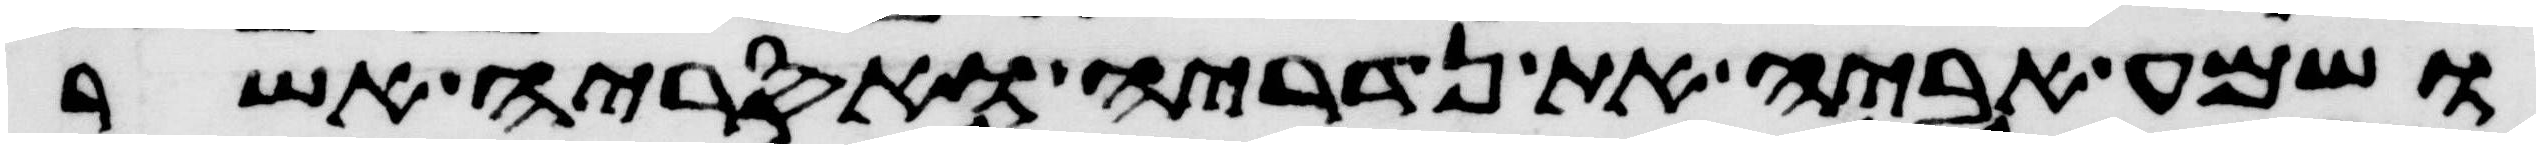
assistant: ושמע אביה את נדריה ואסריה אשר